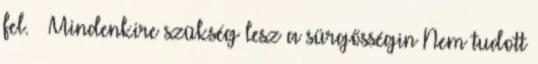
fel. – Mindenkire szükség lesz a sürgősségin Nem tudott